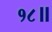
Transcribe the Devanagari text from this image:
१८॥